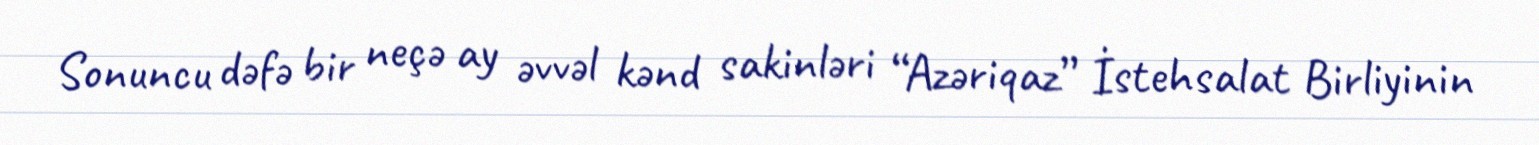
Sonuncu dəfə bir neçə ay əvvəl kənd sakinləri “Azəriqaz” İstehsalat Birliyinin